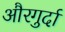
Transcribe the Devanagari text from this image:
औरगुर्दा